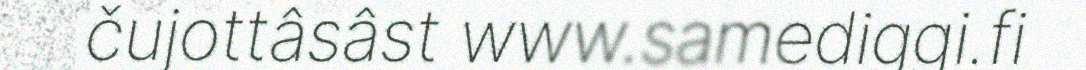
čujottâsâst www.samediggi.fi